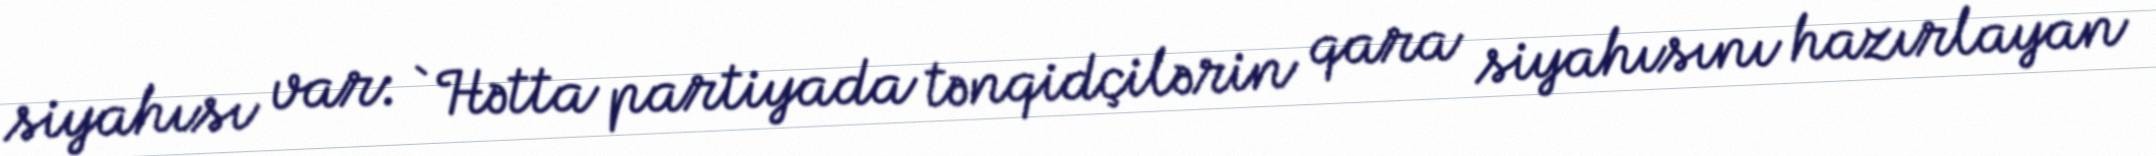
siyahısı var: `Hətta partiyada tənqidçilərin qara siyahısını hazırlayan